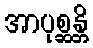
အာပုစ္ဆန္တိ